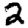
Digit: 2